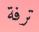
ترفة